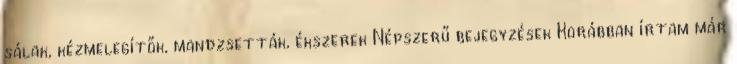
sálak, kézmelegítők, mandzsetták, ékszerek Népszerű bejegyzések Korábban írtam már